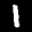
Label: 1